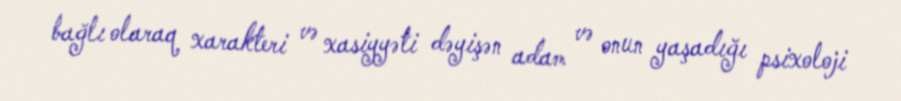
bağlı olaraq xarakteri və xasiyyəti dəyişən adam və onun yaşadığı psixoloji